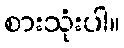
စားသုံးပါ။